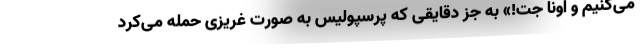
می‌کنیم و اونا جت!» به جز دقایقی که پرسپولیس به صورت غریزی حمله می‌کرد